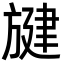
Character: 旔